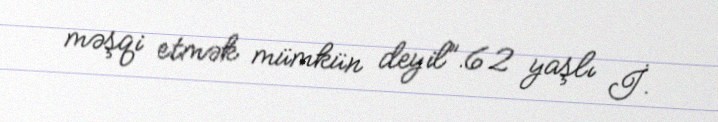
məşqi etmək mümkün deyil”.62 yaşlı İ.